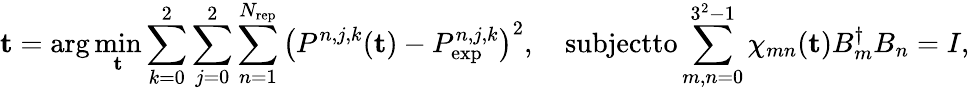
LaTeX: {\mathbf t}=\arg\operatorname*{min}_{{\mathbf t}}\sum_{k=0}^{2}\sum_{j=0}^{2}\sum_{n=1}^{N_{\textrm{rep}}}\left(P^{n,j,k}({\mathbf t})-P_{\textrm{exp}}^{n,j,k}\right)^{2},\quad\textrm{subjectto}\sum_{m,n=0}^{3^{2}-1}\chi_{mn}({\mathbf t})B_{m}^{\dagger}B_{n}=I,